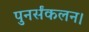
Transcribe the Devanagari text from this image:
पुनर्संकलन।